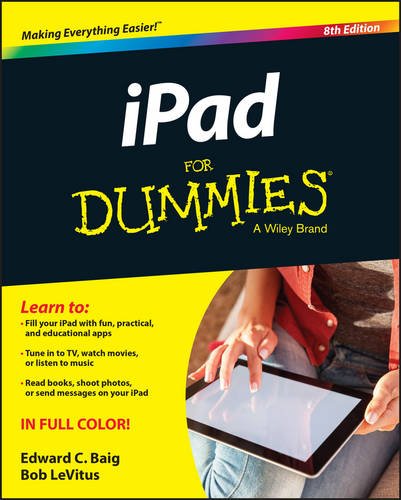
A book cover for iPad For Dummies; Edward C. Baig; Computers & Technology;